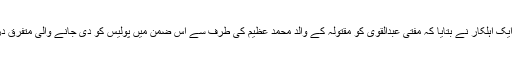
اس مقدمے کی تفتیشی ٹیم میں شامل ایک اہلکار نے بتایا کہ مفتی عبدالقوی کو مقتولہ کے والد محمد عظیم کی طرف سے اس ضمن میں پولیس کو دی جانے والی متفرق درخواست کی بنا پر شامل کیا گیا ہے۔